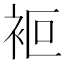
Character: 𧙅